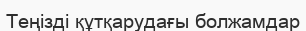
Теңізді құтқарудағы болжамдар